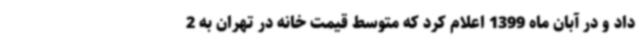
داد و در آبان ماه 1399 اعلام کرد که متوسط قیمت خانه در تهران به 2